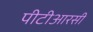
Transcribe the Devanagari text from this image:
पीटीआरसी